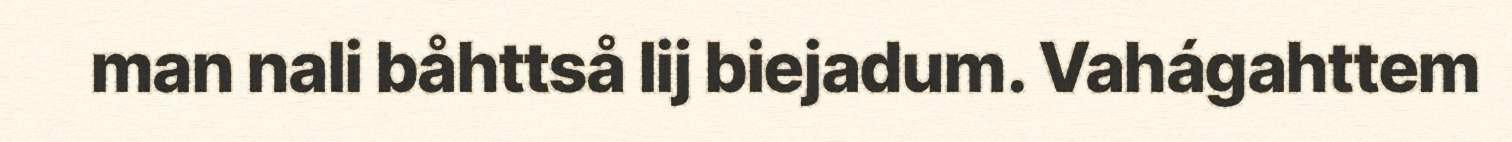
man nali båhttså lij biejadum. Vahágahttem